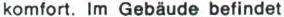
komfort. lm Gebäude befindet